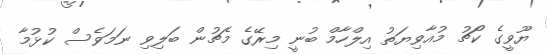
ޔޫވީގެ ކޯޗު މުއާވިޔަތު އިލްހާމް ބުނީ މިރޭގެ މެޗުން ބަލިވި ނަމަވެސް ކުޅުމާ